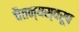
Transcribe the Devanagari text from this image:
चैतन्यस्वरूप